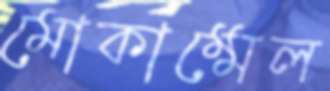
মোকাম্মেল